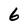
Character: 6